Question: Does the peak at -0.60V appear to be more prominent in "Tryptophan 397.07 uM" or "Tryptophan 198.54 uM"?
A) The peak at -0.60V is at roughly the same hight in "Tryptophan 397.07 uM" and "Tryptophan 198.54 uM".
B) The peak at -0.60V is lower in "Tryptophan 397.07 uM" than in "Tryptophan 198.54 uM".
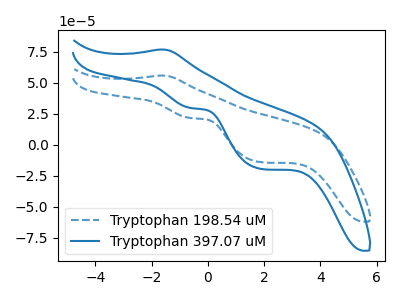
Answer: <think>The blue dashed curve "Tryptophan 198.54 uM" has an anodic peak at (-1.60V, 55.70uA) and cathodic peaks at (-0.60V, 21.40uA) (1.85V, -14.15uA). The blue curve "Tryptophan 397.07 uM" has an anodic peak at (-1.60V, 76.70uA) and cathodic peaks at (-0.60V, 29.50uA) (1.85V, -19.50uA).</think>
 <answer>B) The peak at -0.60V is lower in "Tryptophan 397.07 uM" than in "Tryptophan 198.54 uM".</answer>
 <eval>B</eval>